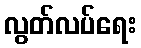
လွတ်လပ်ရေး